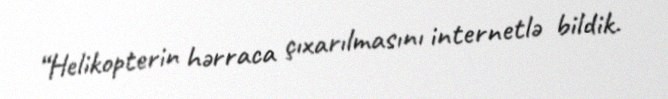
“Helikopterin hərraca çıxarılmasını internetlə bildik.